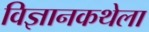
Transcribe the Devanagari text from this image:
विज्ञानकथेला